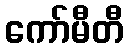
ကော်မီတီ